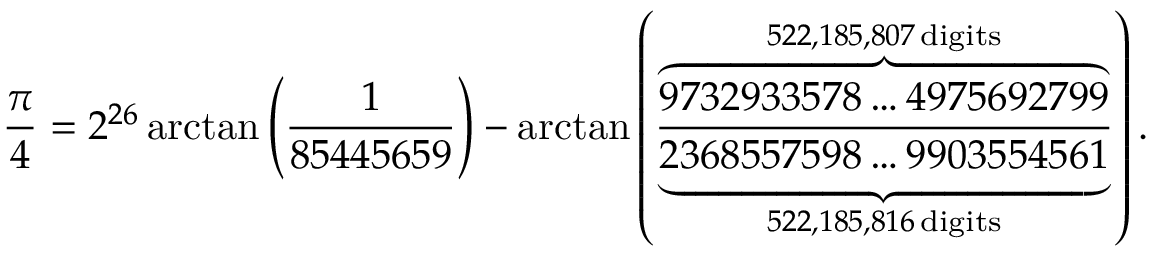
\frac { \pi } { 4 } = 2 ^ { 2 6 } \arctan \left( \frac { 1 } { 8 5 4 4 5 6 5 9 } \right) - \arctan \left( \frac { \overbrace { 9 7 3 2 9 3 3 5 7 8 \ldots 4 9 7 5 6 9 2 7 9 9 } ^ { 5 2 2 , 1 8 5 , 8 0 7 \, \mathrm { d i g i t s } } } { \underbrace { 2 3 6 8 5 5 7 5 9 8 \ldots 9 9 0 3 5 5 4 5 6 1 } _ { 5 2 2 , 1 8 5 , 8 1 6 \, \mathrm { d i g i t s } } } \right) .